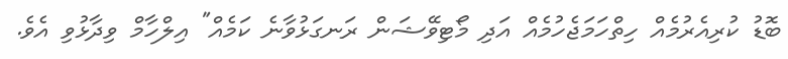
ބޮޑު ކުރިއެރުމެއް ހިތްހަމަޖެހުމެއް އަދި މޯޓިވޭޝަން ރަނގަޅުވާނެ ކަމެއް" އިލްހާމް ވިދާޅުވި އެވެ.